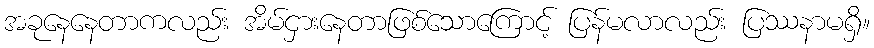
အခုနေနေတာကလည်း အိမ်ငှားနေတာဖြစ်သောကြောင့် ပြန်မလာလည်း ပြဿနာမရှိ။